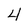
Character: 4